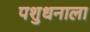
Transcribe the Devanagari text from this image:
पशुधनाला